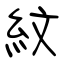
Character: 紋